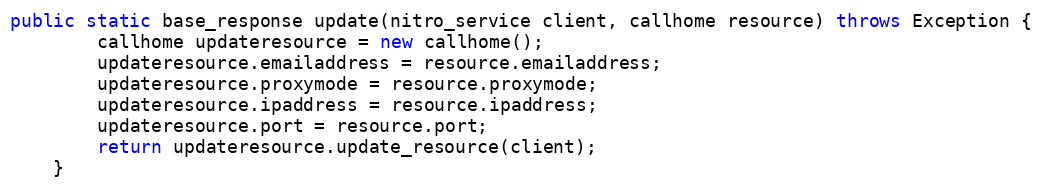
Language: Java
public static base_response update(nitro_service client, callhome resource) throws Exception {
		callhome updateresource = new callhome();
		updateresource.emailaddress = resource.emailaddress;
		updateresource.proxymode = resource.proxymode;
		updateresource.ipaddress = resource.ipaddress;
		updateresource.port = resource.port;
		return updateresource.update_resource(client);
	}